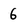
Character: 6